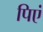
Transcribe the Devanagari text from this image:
पिएं